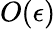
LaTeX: O(\epsilon)